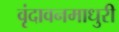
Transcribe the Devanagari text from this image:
वृंदावनमाधुरी